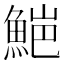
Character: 𮫻